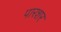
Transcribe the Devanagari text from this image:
पारशर